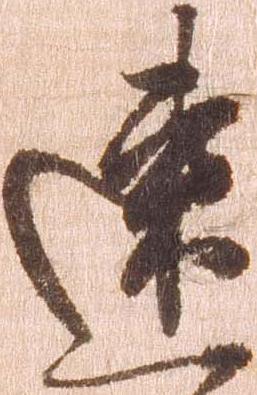
速